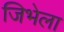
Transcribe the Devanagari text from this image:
जिभेला